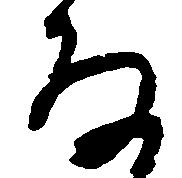
な